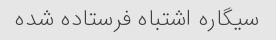
سیگاره اشتباه فرستاده شده